画像に写った文字を読んでください
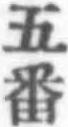
「五番」と書いてあります